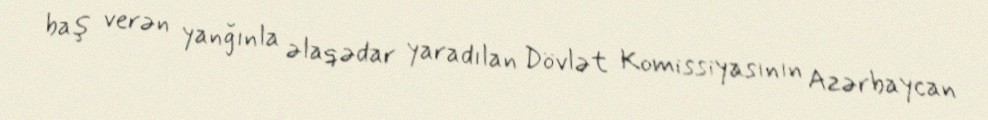
baş verən yanğınla əlaqədar yaradılan Dövlət Komissiyasının Azərbaycan